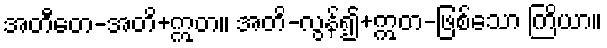
အတီတေ-အတိ+ဣတ။ အတိ-လွန်၍+ဣတ-ဖြစ်သော ကြိယာ။